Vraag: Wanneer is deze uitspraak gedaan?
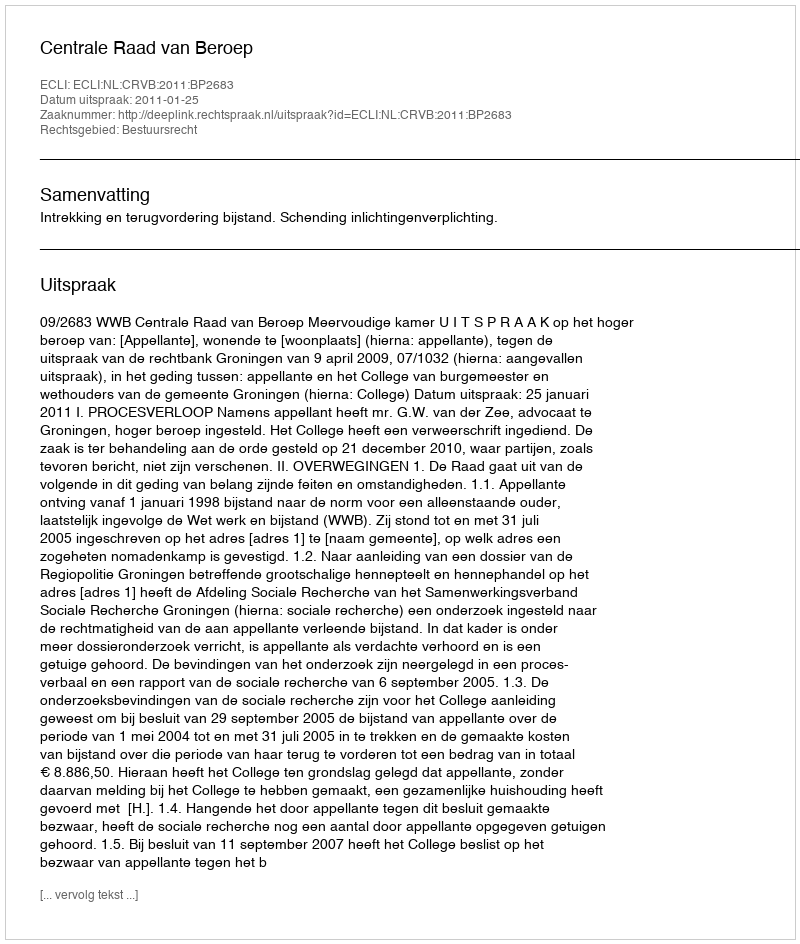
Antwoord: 2011-01-25